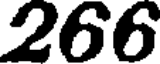
266